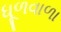
ધૂળવાળા